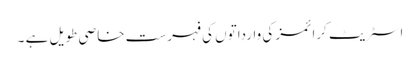
اسٹریٹ کرائمز کی وارداتوں کی فہرست خاصی طویل ہے ۔